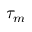
\tau _ { m }